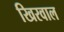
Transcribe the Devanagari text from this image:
खिरवाल